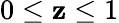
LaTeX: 0\leq\mathbf{z}\leq1